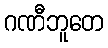
ဂဏီဘူတေ